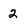
Character: 2